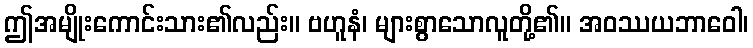
ဤအမျိုးကောင်းသား၏လည်း။ ဗဟူနံ၊ များစွာသောလူတို့၏။ အဝဿယဘာဝေါ၊